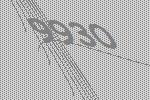
9930